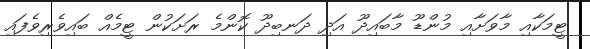
ޓީމަކާއި މާވަށާއި މުންޑޫ މާބައިދޫ އަދި ދަނބިދޫ ކޮންމެ ރަށަކުން ޓީމެއް ބައިވެރިވެފައި